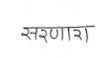
मजकूर: सरणारा